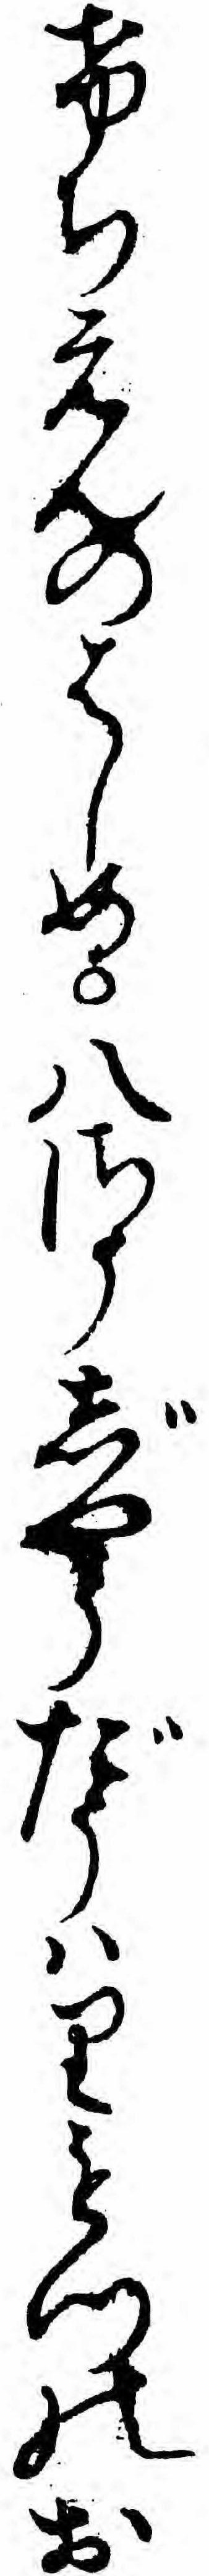
けちえんのはしめ八さうじやうだうハりもつのお